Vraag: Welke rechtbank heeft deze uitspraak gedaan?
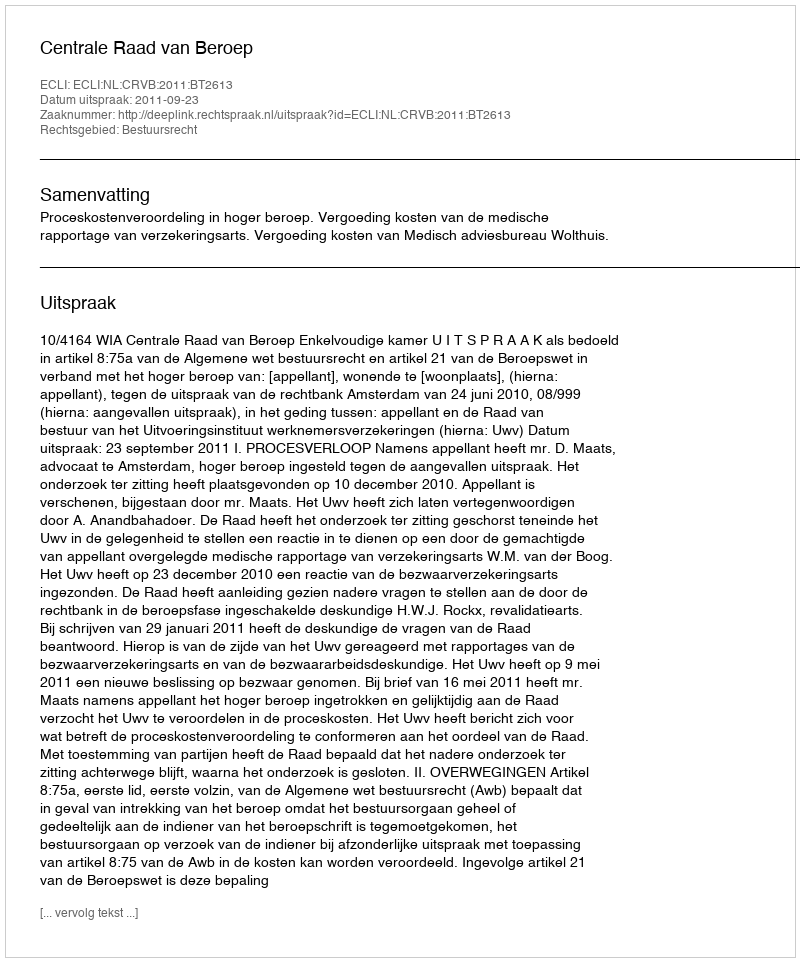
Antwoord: Centrale Raad van Beroep